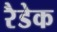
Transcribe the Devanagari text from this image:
रैडेक